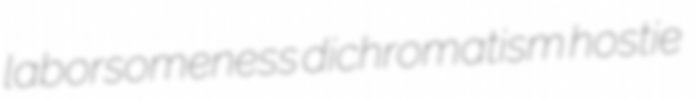
laborsomeness dichromatism hostie